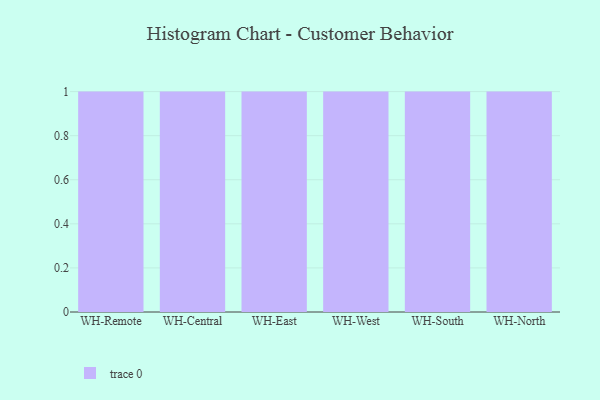
{"axis": {"x": "Warehouse", "y": "Customer Acquisition Cost (USD)"}, "legend": [""], "data": [{"x": "WH-Remote", "y": 75, "type": ""}, {"x": "WH-Central", "y": 57, "type": ""}, {"x": "WH-East", "y": 10, "type": ""}, {"x": "WH-West", "y": 94, "type": ""}, {"x": "WH-South", "y": 2, "type": ""}, {"x": "WH-North", "y": 58, "type": ""}]}